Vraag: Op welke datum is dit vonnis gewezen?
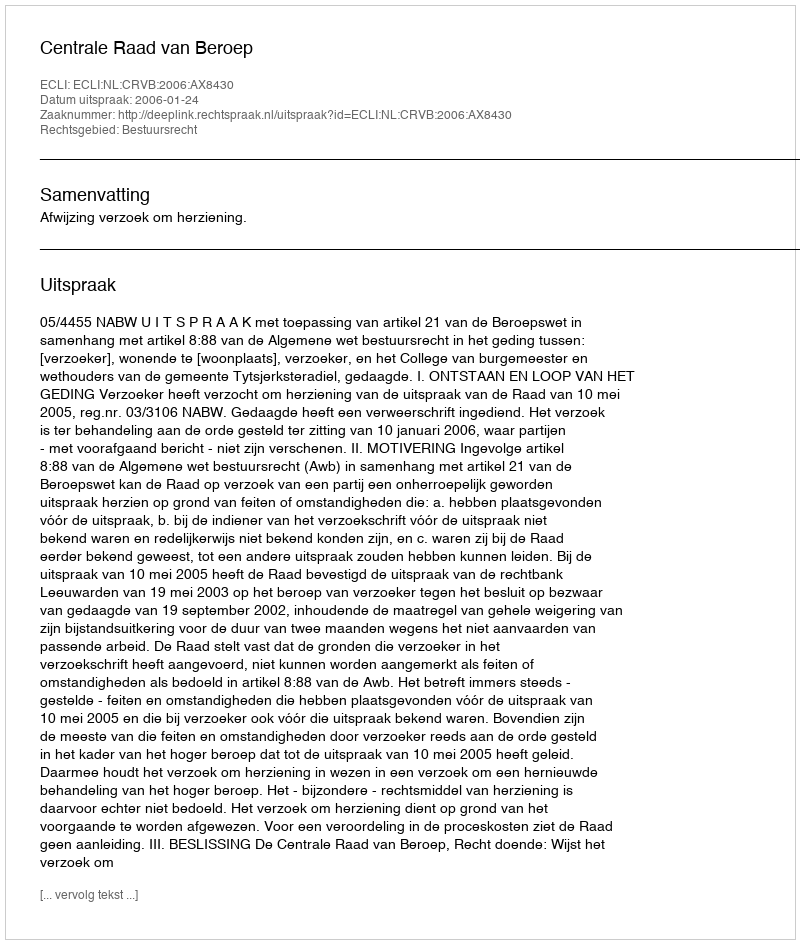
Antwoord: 2006-01-24